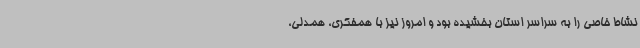
نشاط خاصی را به سراسر استان بخشیده بود و امروز نیز با همفکری، همدلی،